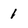
Character: 1